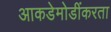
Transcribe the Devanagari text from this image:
आकडेमोडींकरता